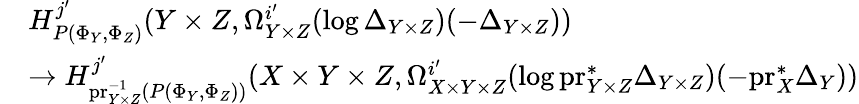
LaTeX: \begin{array}{rl}&{H_{P(\Phi_{Y},\Phi_{Z})}^{j^{\prime}}(Y\times Z,\Omega_{Y\times Z}^{i^{\prime}}(\log\Delta_{Y\times Z})(-\Delta_{Y\times Z}))}\\ &{\to H_{\mathrm{pr}_{Y\times Z}^{-1}(P(\Phi_{Y},\Phi_{Z}))}^{j^{\prime}}(X\times Y\times Z,\Omega_{X\times Y\times Z}^{i^{\prime}}(\log\mathrm{pr}_{Y\times Z}^{*}\Delta_{Y\times Z})(-\mathrm{pr}_{X}^{*}\Delta_{Y}))}\end{array}